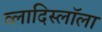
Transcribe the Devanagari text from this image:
व्लादिस्लॉला